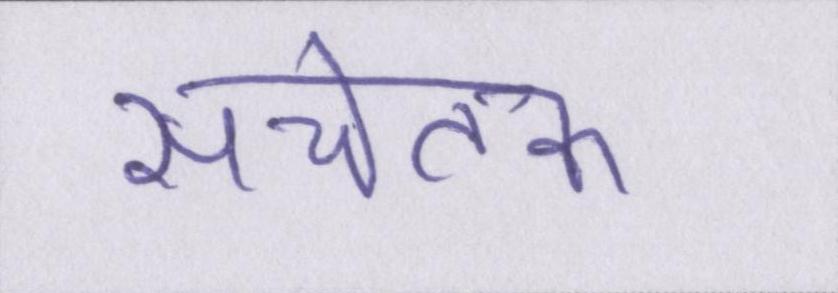
सचेतक